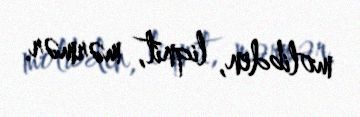
molibden, liqnit, mərmər.